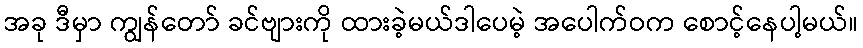
အခု ဒီမှာ ကျွန်တော် ခင်ဗျားကို ထားခဲ့မယ်ဒါပေမဲ့ အပေါက်ဝက စောင့်နေပါ့မယ်။